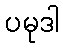
ပမုဒါ